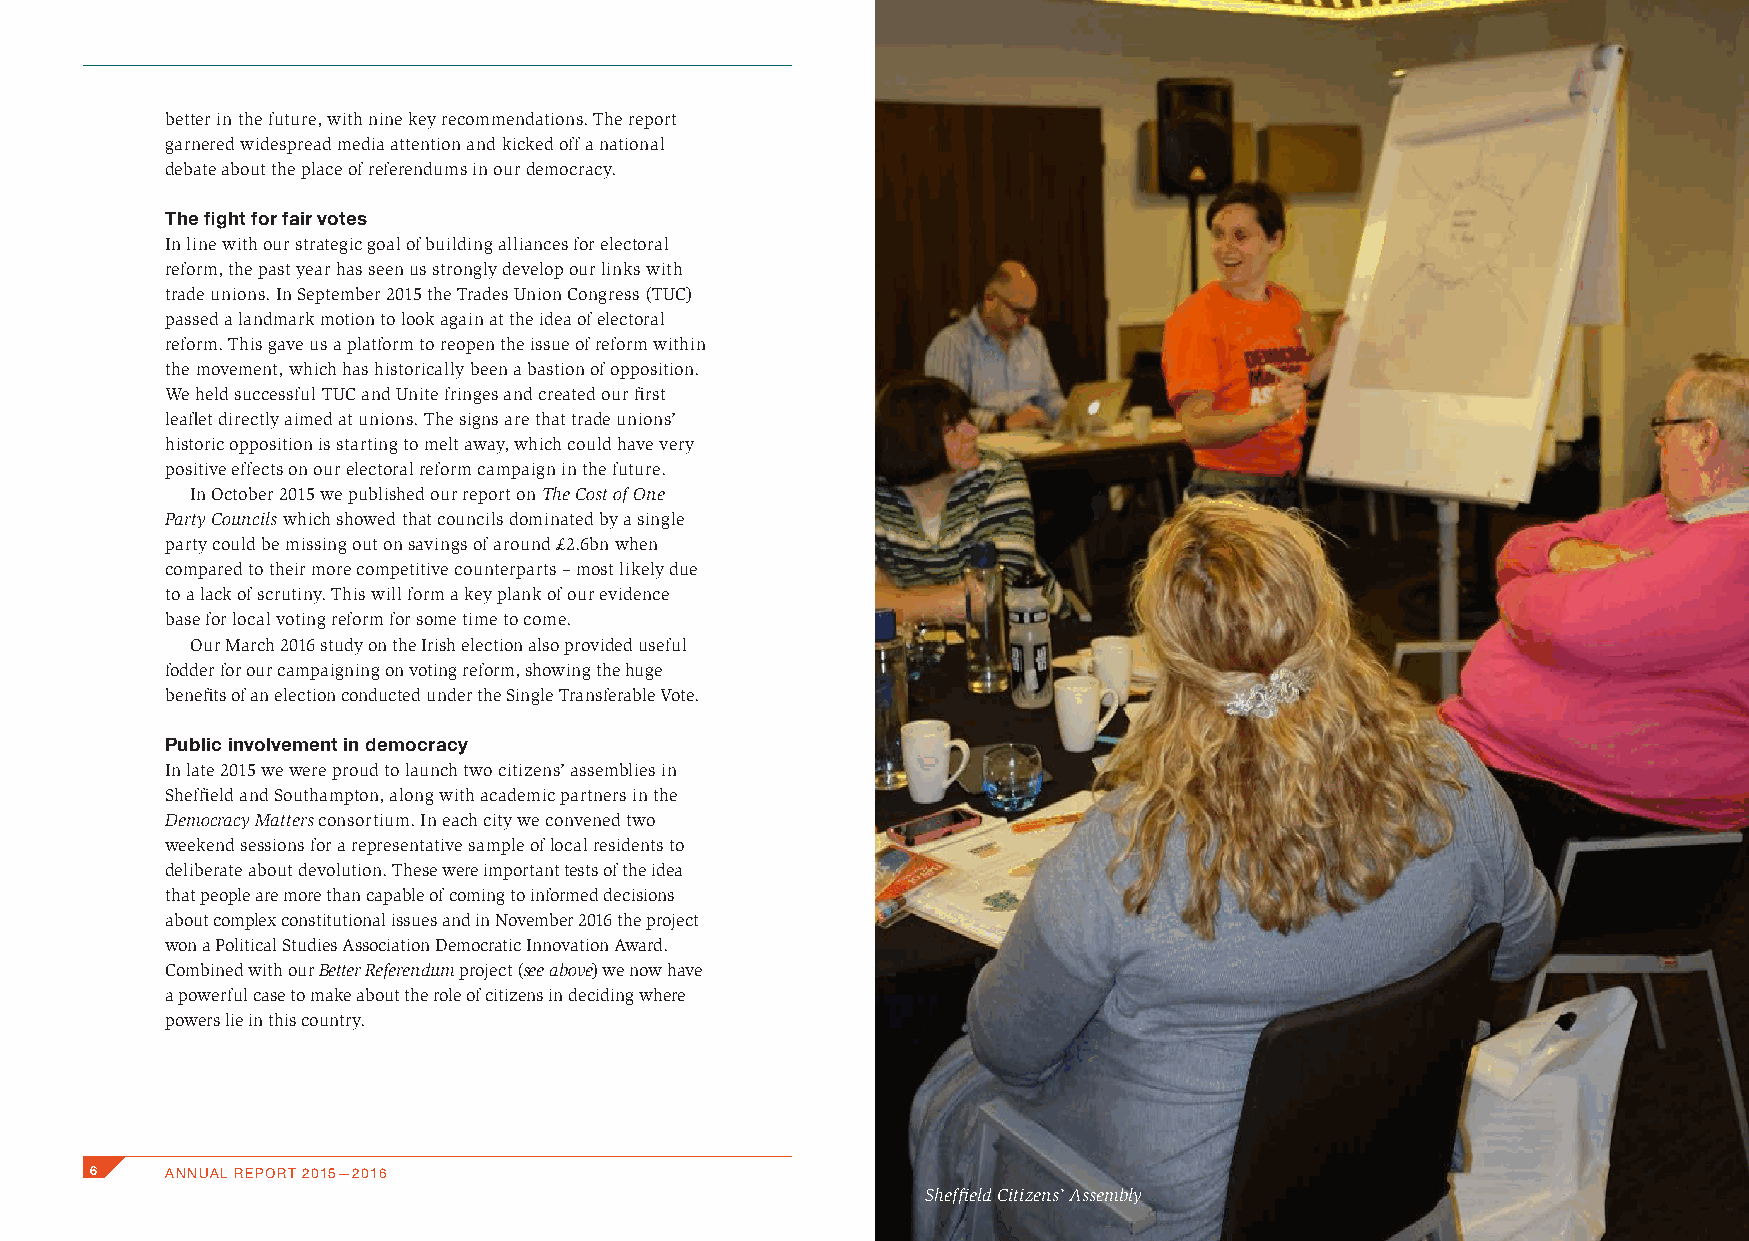
better in the future, with nine key recommendations. The report
 garnered widespread media attention and kicked off a national
 debate about the place of referendums in our democracy.
 The fight for fair votes
 In line with our strategic goal of building alliances for electoral
 reform, the past year has seen us strongly develop our links with
 trade unions. In September 2015 the Trades Union Congress (TUC)
 passed a landmark motion to look again at the idea of electoral
 reform. This gave us a platform to reopen the issue of reform within
 the movement, which has historically been a bastion of opposition.
 We held successful TUC and Unite fringes and created our first
 leaflet directly aimed at unions. The signs are that trade unions’
 historic opposition is starting to melt away, which could have very
 positive effects on our electoral reform campaign in the future.
 In October 2015 we published our report on The Cost of One
 Party Councils which showed that councils dominated by a single
 party could be missing out on savings of around £2.6bn when
 compared to their more competitive counterparts – most likely due
 to a lack of scrutiny. This will form a key plank of our evidence
 base for local voting reform for some time to come.
 Our March 2016 study on the Irish election also provided useful
 fodder for our campaigning on voting reform, showing the huge
 benefits of an election conducted under the Single Transferable Vote.
 Public involvement in democracy
 In late 2015 we were proud to launch two citizens’ assemblies in
 Sheffield and Southampton, along with academic partners in the
 Democracy Matters consortium. In each city we convened two
 weekend sessions for a representative sample of local residents to
 deliberate about devolution. These were important tests of the idea
 that people are more than capable of coming to informed decisions
 about complex constitutional issues and in November 2016 the project
 won a Political Studies Association Democratic Innovation Award.
 Combined with our Better Referendum project (see above) we now have
 a powerful case to make about the role of citizens in deciding where
 powers lie in this country.
 6    ANNUAL REPORT 2015—2016
 Sheffield Citizens’ Assembly